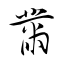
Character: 黹